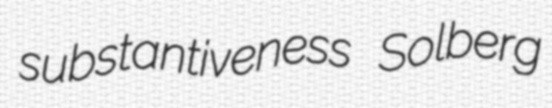
substantiveness Solberg